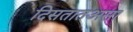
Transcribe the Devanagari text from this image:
दिसतातअसा